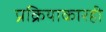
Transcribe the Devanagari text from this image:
प्रक्रियाकारही